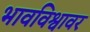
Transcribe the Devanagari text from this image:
भावविश्वावर